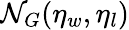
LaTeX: \mathcal{N}_{G}(\eta_{w},\eta_{l})